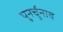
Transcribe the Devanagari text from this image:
पुनर्चुनाव